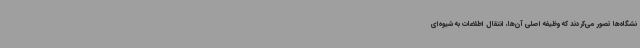
نشگاه‌ها تصور می‌کردند که وظیفه اصلی آن‌ها، انتقال اطلاعات به شیوه‌ای